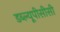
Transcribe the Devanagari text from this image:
डब्ल्यूपीसीसी